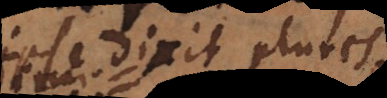
ipse dixit plures